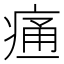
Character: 𰣳